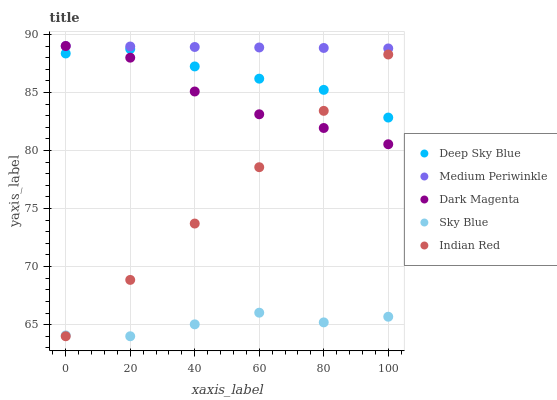
| xaxis_label | Deep Sky Blue | Medium Periwinkle | Dark Magenta | Sky Blue | Indian Red |
 | --- | --- | --- | --- | --- | --- |
 | 0 | 88.4 | 89 | 89 | 64.1 | 64 |
 | 20 | 88.7 | 89 | 88 | 64 | 68.9 |
 | 40 | 87.2 | 88.9 | 85.1 | 65 | 73.7 |
 | 60 | 86.2 | 88.9 | 83.1 | 66 | 78.6 |
 | 80 | 85.2 | 88.8 | 81.9 | 65.2 | 83.4 |
 | 100 | 82.8 | 88.8 | 80.5 | 65.7 | 88.3 |